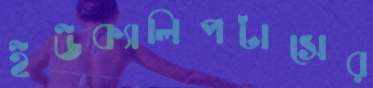
ইউক্যালিপটাসের